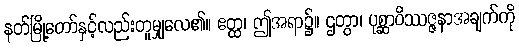
နတ်မြို့တော်နှင့်လည်းတူမျှလေ၏။ ဧတ္ထ၊ ဤအရာ၌။ ဌတွာ၊ ပုစ္ဆာဝိဿဇ္ဇနာအချက်ကို